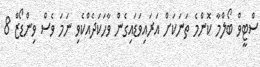
ސްޓީވް ބޯލްމާ ކޮންމެ ތަނަކަށް އަރައިވަޑައިގެން ވާހަކަދެއްކެވި ނަމަ ވެސް ވިންޑޯޒް 8